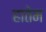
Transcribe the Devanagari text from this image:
हातेम